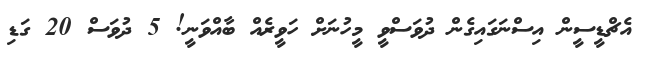
އެޗްޑީސީން އިސްނަގައިގެން ދުވަސްވީ މީހުނަށް ހަވީރެއް ބާއްވަނީ! 5 ދުވަސް 20 ގަޑި